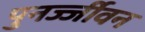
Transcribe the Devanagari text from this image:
पुनर्ज्जीवन